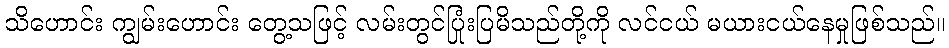
သိဟောင်း ကျွမ်းဟောင်း တွေ့သဖြင့် လမ်းတွင်ပြုံးပြမိသည်တို့ကို လင်ငယ် မယားငယ်နေမှုဖြစ်သည်။